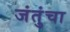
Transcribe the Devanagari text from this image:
जंतुंचा